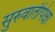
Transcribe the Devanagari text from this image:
सुरुवातीपेक्षा